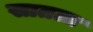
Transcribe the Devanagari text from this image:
सातला